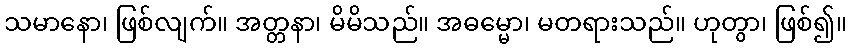
သမာနော၊ ဖြစ်လျက်။ အတ္တနာ၊ မိမိသည်။ အဓမ္မော၊ မတရားသည်။ ဟုတွာ၊ ဖြစ်၍။